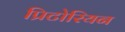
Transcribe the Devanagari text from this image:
प्रिटोरियन